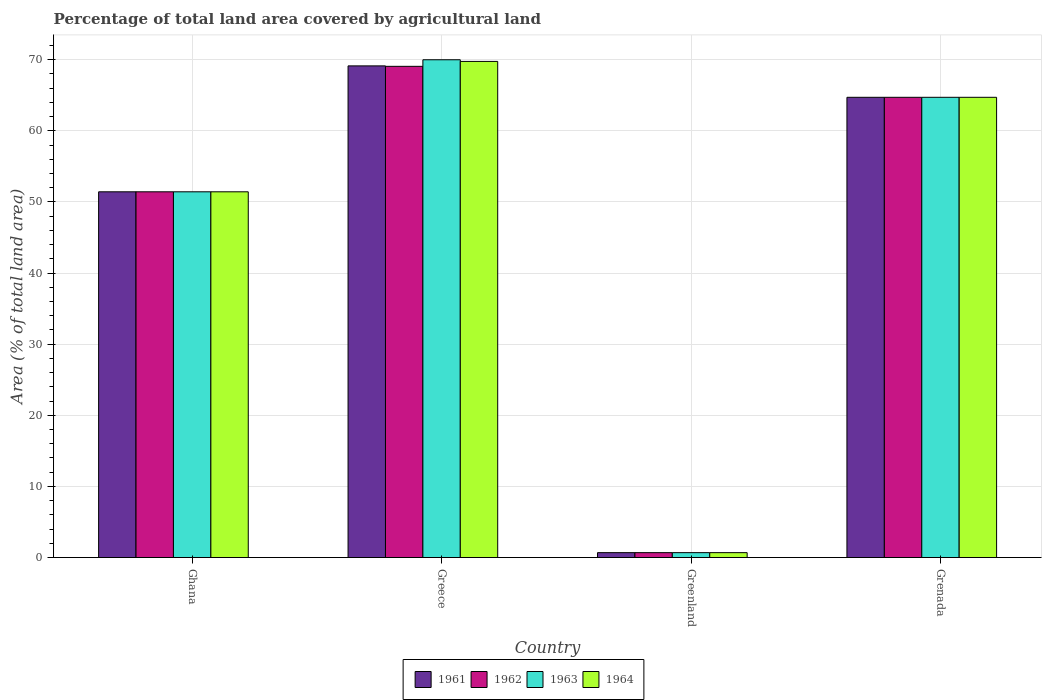
| Country | 1961 | 1962 | 1963 | 1964 |
 | --- | --- | --- | --- | --- |
 | Ghana | 51.4 | 51.4 | 51.4 | 51.4 |
 | Greece | 69.1 | 69.1 | 70 | 69.8 |
 | Greenland | 0.688 | 0.688 | 0.688 | 0.688 |
 | Grenada | 64.7 | 64.7 | 64.7 | 64.7 |